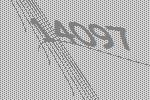
14097